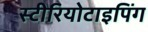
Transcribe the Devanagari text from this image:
स्टीरियोटाइपिंग